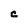
Character: C